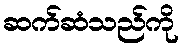
ဆက်ဆံသည်ကို